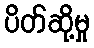
ပိတ်ဆို့မှု